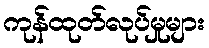
ကုန်ထုတ်လုပ်မှုများ